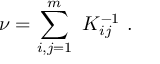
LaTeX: \nu = \sum _ { i , j = 1 } ^ { m } \ K _ { i j } ^ { - 1 } \ .